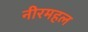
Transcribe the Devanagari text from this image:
नीरमहल